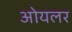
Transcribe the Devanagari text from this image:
ओयलर